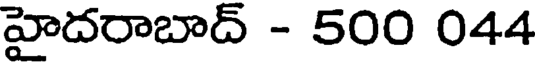
హైదరాబాద్ - 500 044